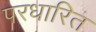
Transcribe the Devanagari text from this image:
परधारित